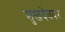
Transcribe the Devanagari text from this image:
सुखदेववर